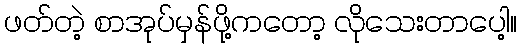
ဖတ်တဲ့ စာအုပ်မှန်ဖို့ကတော့ လိုသေးတာပေါ့။